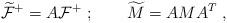
LaTeX: \begin{align*}\widetilde{\cal F}^+ = A{\cal F}^+ \ ;\qquad\widetilde M = A M A^T\ ,\end{align*}